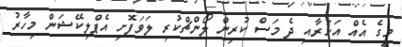
މީގެ އެއް އަހަރާއި ދެ މަސް ކުރިން ލޯންޗްކުރި ލަވަފޮށި އެޕްލިކޭޝަން މިހާރު